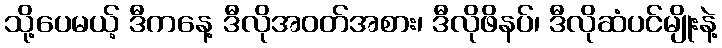
သို့ပေမယ့် ဒီကနေ့ ဒီလိုအဝတ်အစား၊ ဒီလိုဖိနပ်၊ ဒီလိုဆံပင်မျိုးနဲ့